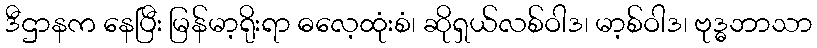
ဒီဌာနက နေပြီး မြန်မာ့ရိုးရာ ဓလေ့ထုံးစံ၊ ဆိုရှယ်လစ်ဝါဒ၊ မာ့စ်ဝါဒ၊ ဗုဒ္ဓဘာသာ